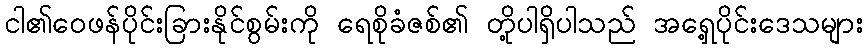
ငါ၏ဝေဖန်ပိုင်းခြားနိုင်စွမ်းကို ရေစိုခံဇစ်၏ တို့ပါရှိပါသည် အရှေ့ပိုင်းဒေသများ